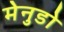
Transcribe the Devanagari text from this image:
मेनुडो